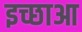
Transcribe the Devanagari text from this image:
इच्छाआ